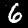
Label: 6